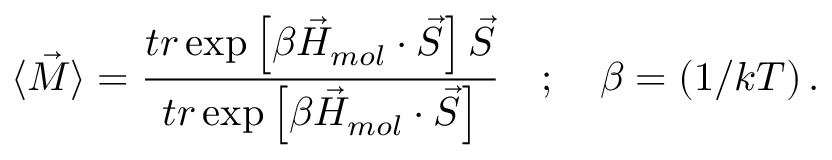
\langle \vec { M } \rangle = \frac { t r \exp \left[ \beta \vec { H } _ { m o l } \cdot \vec { S } \right] \vec { S } } { t r \exp \left[ \beta \vec { H } _ { m o l } \cdot \vec { S } \right] } \quad ; \quad \beta = ( 1 / k T ) \, .